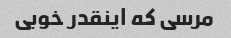
مرسی که اینقدر خوبی